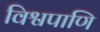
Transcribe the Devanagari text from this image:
विश्वपाणि